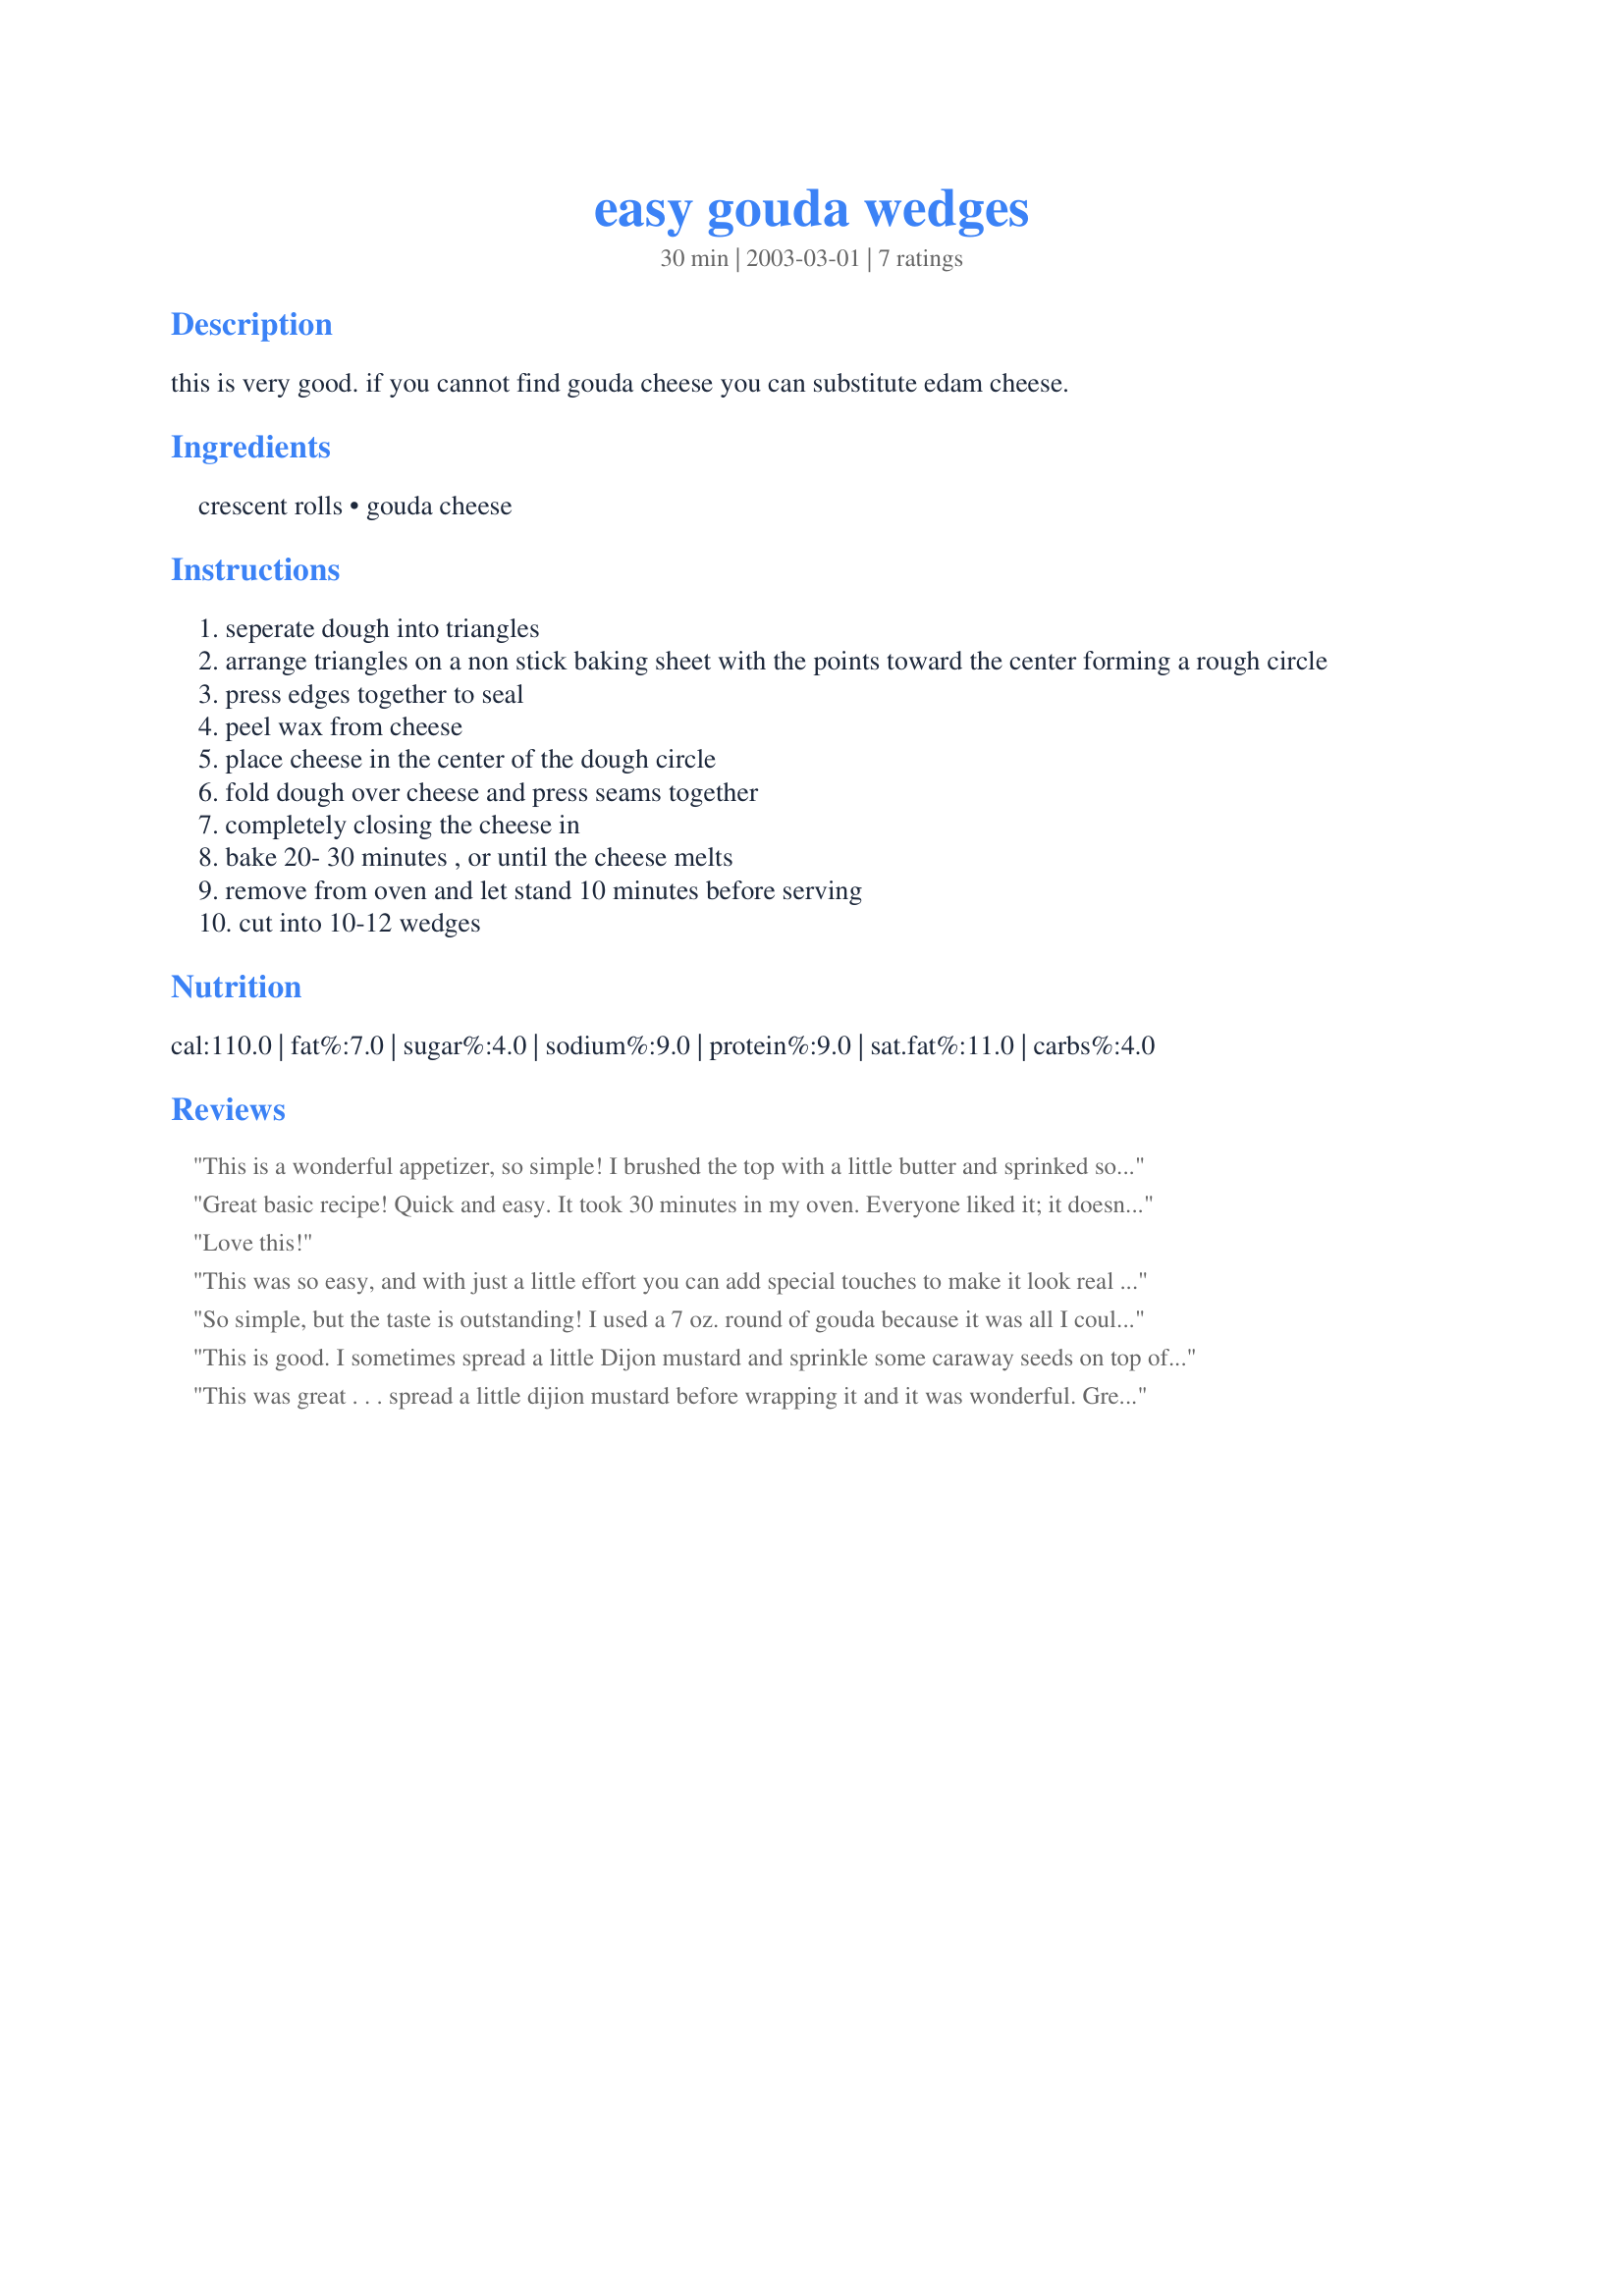
easy gouda wedges
Preparation time: 30 minutes

this is very good. if you cannot find gouda cheese you can substitute edam cheese.

Ingredients:
crescent rolls, gouda cheese

Steps:
seperate dough into triangles
arrange triangles on a non stick baking sheet with the points toward the center forming a rough circle
press edges together to seal
peel wax from cheese
place cheese in the center of the dough circle
fold dough over cheese and press seams together
completely closing the cheese in
bake 20- 30 minutes , or until the cheese melts
remove from oven and let stand 10 minutes before serving
cut into 10-12 wedges

Reviews:
This is a wonderful appetizer, so simple! I brushed the top with a little butter and sprinked some garlic powder on top too, served this with sliced brandywine and german green tomatoes. Yum!
Great basic recipe! Quick and easy. It took 30 minutes in my oven. Everyone liked it; it doesn't last long. If you want to jazz it up, see #255396 - it's a little more work though. Thanks for posting.
Love this!
This was so easy, and with just a little effort you can add special touches to make it look real special. Rich and delicious.
So simple, but the taste is outstanding! I used a 7 oz. round of gouda because it was all I could find and it turned out perfectly. Thanks for sharing this wonderful treat!!
This is good. I sometimes spread a little Dijon mustard and sprinkle some caraway seeds on top of the cheese before wrapping in the dough. We've even topped the cheese with a large mound of finely chopped pepperoni. Also, if you save some of the dough you can braid it to put on top before baking for a little decoration. I've shaped the spare dough to look like holly leaves during the holidays and rolled a little of the dough into tiny balls for the holly berries. It really does make a nice presentation.
This was great . . . spread a little dijion mustard before wrapping it and it was wonderful. Great recipe to have on hand when entertaining!
Thanks for sharing
